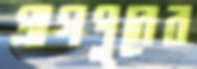
প্রাগপুরের